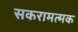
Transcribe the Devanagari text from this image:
सकरामत्मक